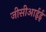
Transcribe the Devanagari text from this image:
जीसीआईई